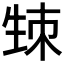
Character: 𤯡